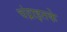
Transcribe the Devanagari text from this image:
चंद्राइतके